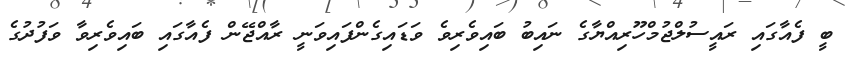
ބީ ފެއާގައި ރައީސުލްޖުމްހޫރިއްޔާގެ ނައިބު ބައިވެރިވެ ވަޑައިގެންފައިވަނީ ރާއްޖޭން ފެއާގައި ބައިވެރިވާ ވަފުދުގެ